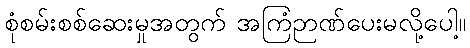
စုံစမ်းစစ်ဆေးမှုအတွက် အကြံဉာဏ်ပေးမလို့ပေါ့။